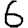
Digit: 6